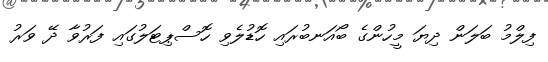
ފިލްމު ބަލަން ދިޔަ މީހުންގެ ބޯއަނބުރައި ހޮޑުލެވި ހޮސްޕިޓަލުގައި ފަރުވާ ދޭ ވަރު